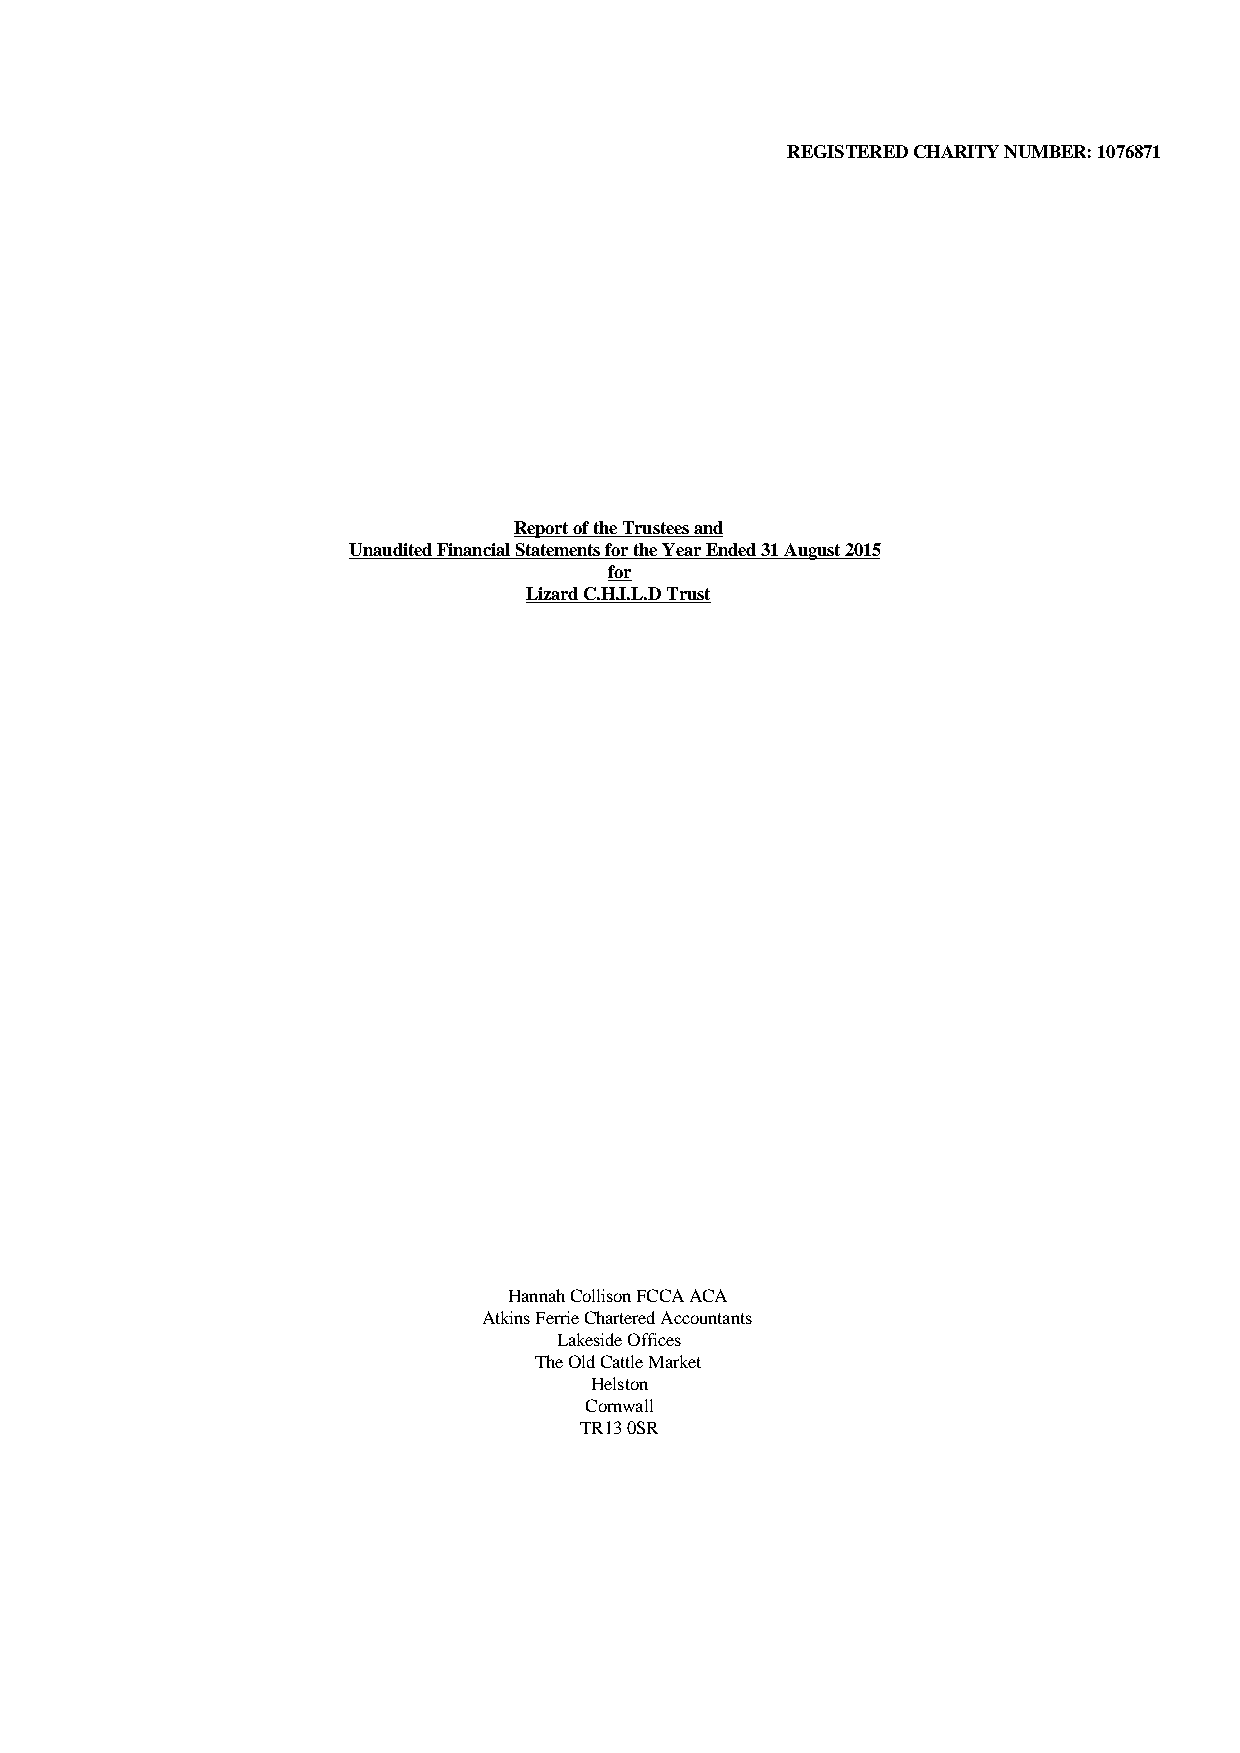
REGISTERED CHARITY NUMBER: 1076871
 Report of the Trustees and
 Unaudited Financial Statements for the Year Ended 31 August 2015
 for
 Lizard C.H.I.L.D Trust
 Hannah Collison FCCA ACA
 Atkins Ferrie Chartered Accountants
 Lakeside Offices
 The Old Cattle Market
 Helston
 Cornwall
 TR13 0SR